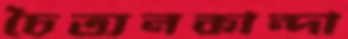
চৈত্যনকান্দা